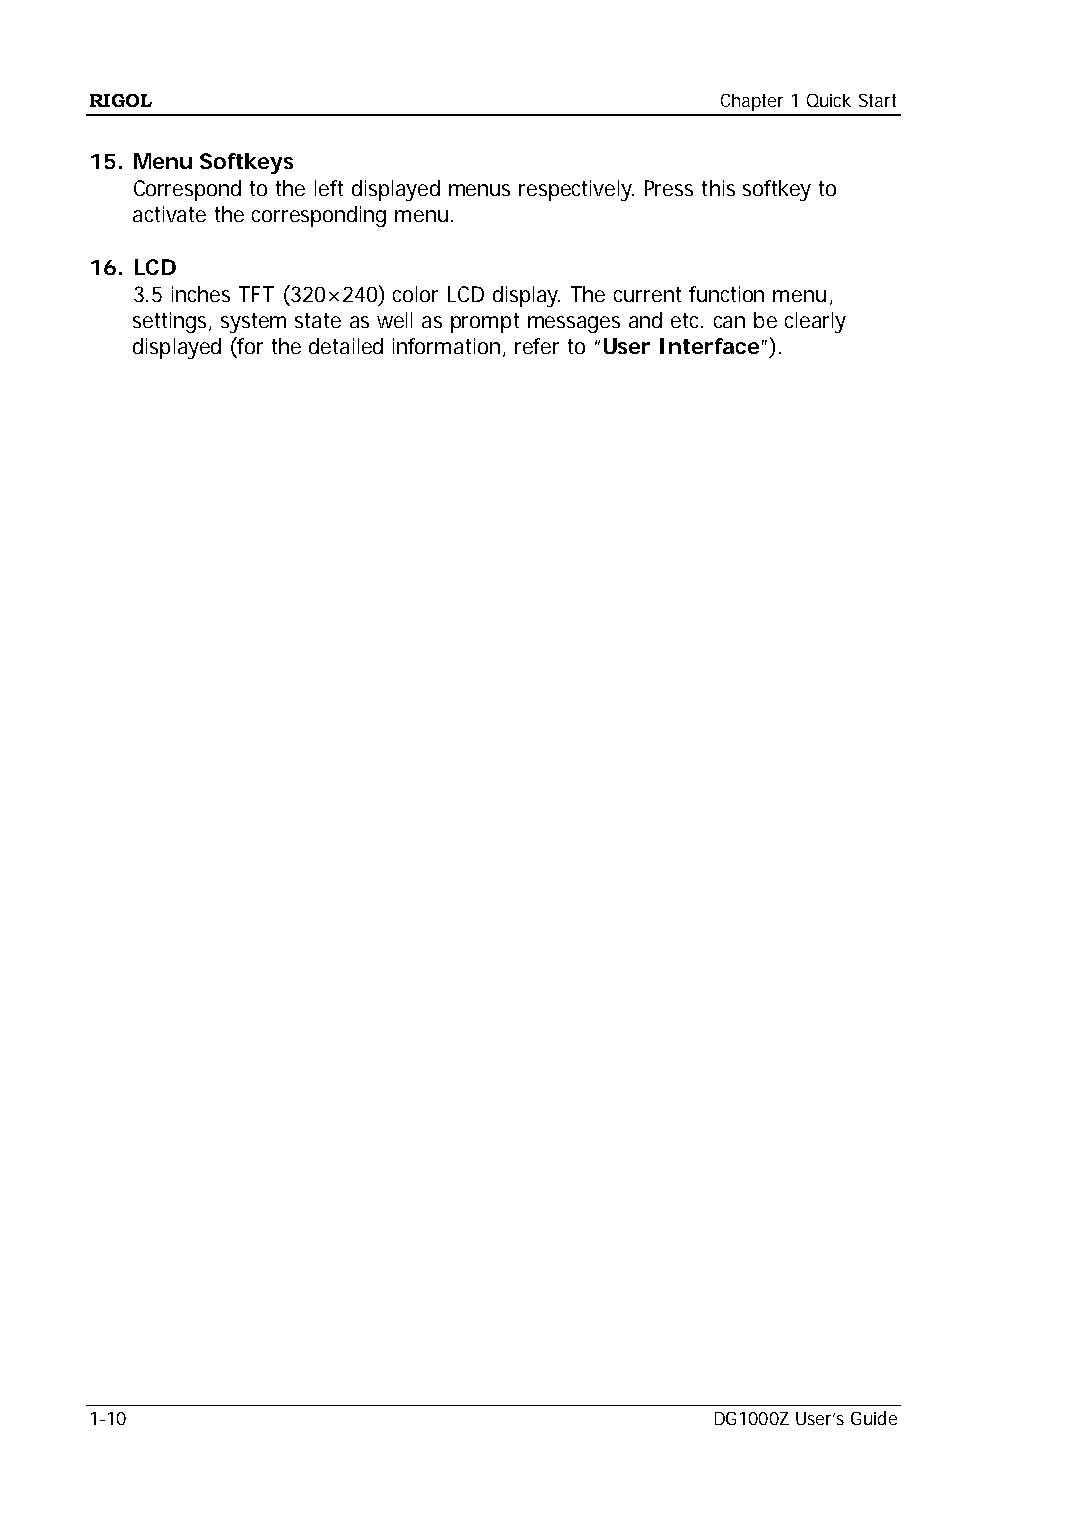
RIGOL                                     Chapter 1 Quick Start
 15. Menu Softkeys
 Correspond to the left displayed menus respectively. Press this softkey to
 activate the corresponding menu.
 16. LCD
 3.5 inches TFT (320×240) color LCD display. The current function menu,
 settings, system state as well as prompt messages and etc. can be clearly
 displayed (for the detailed information, refer to “User Interface”).
 1-10                                     DG1000Z User’s Guide